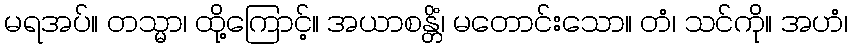
မရအပ်။ တသ္မာ၊ ထို့ကြောင့်။ အယာစန္တိံ၊ မတောင်းသော။ တံ၊ သင်ကို။ အဟံ၊